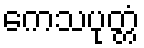
ကေသပုတ္တံ